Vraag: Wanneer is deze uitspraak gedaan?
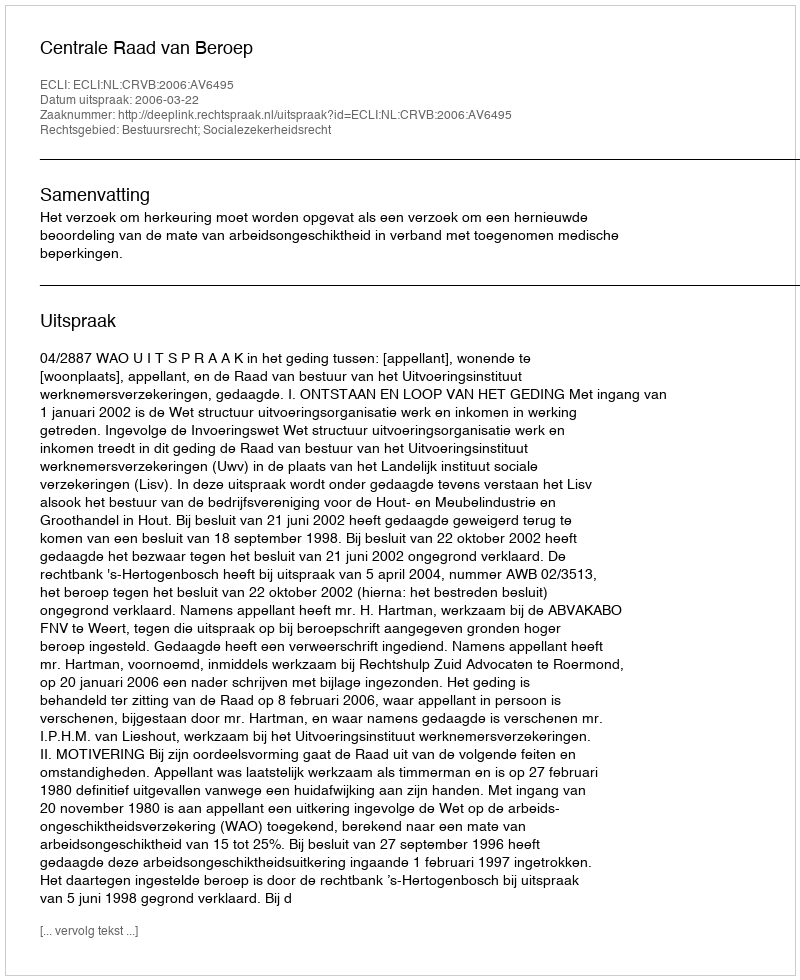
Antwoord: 2006-03-22